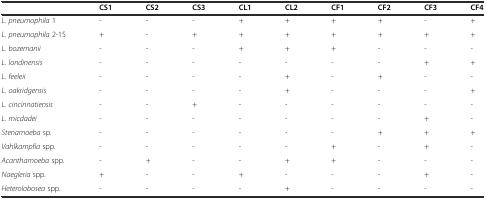
<table><thead><tr><td></td><td><b>CS1</b></td><td><b>CS2</b></td><td><b>CS3</b></td><td><b>CL1</b></td><td><b>CL2</b></td><td><b>CF1</b></td><td><b>CF2</b></td><td><b>CF3</b></td><td><b>CF4</b></td></tr></thead><tbody><tr><td><i>L. pneumophila</i> 1</td><td>-</td><td>-</td><td>-</td><td>+</td><td>+</td><td>+</td><td>+</td><td>-</td><td>+</td></tr><tr><td><i>L. pneumophila</i> 2-15</td><td>+</td><td>-</td><td>+</td><td>+</td><td>+</td><td>+</td><td>+</td><td>+</td><td>+</td></tr><tr><td><i>L. bozemanii</i></td><td>-</td><td>-</td><td>-</td><td>+</td><td>+</td><td>+</td><td>-</td><td>-</td><td>-</td></tr><tr><td><i>L. londinensis</i></td><td>-</td><td>-</td><td>-</td><td>-</td><td>-</td><td>-</td><td>-</td><td>+</td><td>+</td></tr><tr><td><i>L. feeleii</i></td><td>-</td><td>-</td><td>-</td><td>-</td><td>+</td><td>-</td><td>+</td><td>-</td><td>-</td></tr><tr><td><i>L. oakridgensis</i></td><td>-</td><td>-</td><td>-</td><td>-</td><td>+</td><td>-</td><td>-</td><td>-</td><td>+</td></tr><tr><td><i>L. cincinnatiensis</i></td><td>-</td><td>-</td><td>+</td><td>-</td><td>-</td><td>-</td><td>-</td><td>-</td><td>-</td></tr><tr><td><i>L. micdadei</i></td><td>-</td><td>-</td><td>-</td><td>-</td><td>-</td><td>-</td><td>-</td><td>+</td><td>-</td></tr><tr><td><i>Stenamoeba</i> sp.</td><td>-</td><td>-</td><td>-</td><td>-</td><td>-</td><td>-</td><td>+</td><td>+</td><td>+</td></tr><tr><td><i>Vahlkampfia</i> spp.</td><td>-</td><td>-</td><td>-</td><td>-</td><td>-</td><td>+</td><td>-</td><td>+</td><td>-</td></tr><tr><td><i>Acanthamoeba</i> spp.</td><td>-</td><td>+</td><td>-</td><td>-</td><td>+</td><td>+</td><td>-</td><td>-</td><td>-</td></tr><tr><td><i>Naegleria</i> spp.</td><td>+</td><td>-</td><td>-</td><td>+</td><td>-</td><td>-</td><td>-</td><td>+</td><td>-</td></tr><tr><td><i>Heterolobosea</i> spp.</td><td>-</td><td>-</td><td>-</td><td>-</td><td>+</td><td>-</td><td>-</td><td>-</td><td>-</td></tr></tbody></table>